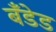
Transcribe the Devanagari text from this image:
बँडेड